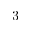
3